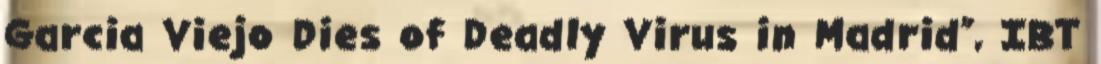
Garcia Viejo Dies of Deadly Virus in Madrid”, IBT